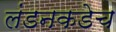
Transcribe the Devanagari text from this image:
लंडनकडेच